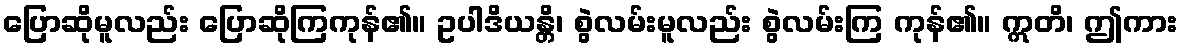
ပြောဆိုမူလည်း ပြောဆိုကြကုန်၏။ ဥပါဒိယန္တိ၊ စွဲလမ်းမူလည်း စွဲလမ်းကြ ကုန်၏။ ဣတိ၊ ဤကား